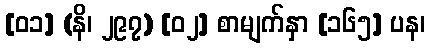
[၀၁] (နိ၊ ၂၉၇) [၀၂] စာမျက်နှာ [၁၆၅] ပန၊